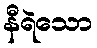
နီရဲသော